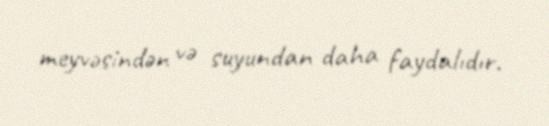
meyvəsindən və suyundan daha faydalıdır.